Vaccine operations Central Provinces 1900-1911 - 1900-1911
Year: 1900
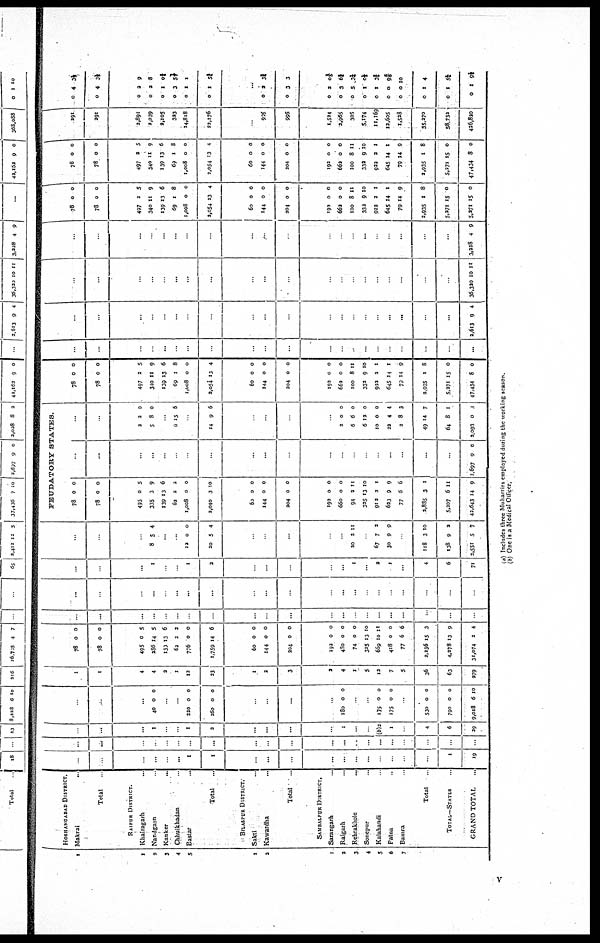
1
1
2
3
4
5
1
2
1
2
3
4
5
6
7
HOSHANGABAD DISTRICT.
Makrai
...
Total ...
RAIPUR DISTRICT.
Khairagarh ...
Nandgaon ...
Kanker ...
Chhuikhadan ...
Bastar
...
Total ...
BILASPUR DISTRICT.
Sakti ...
Kawardha ...
Total
...
SAMBALPUR DISTRICT.
Sarangarh ...
Raigarh ...
Rehrakhole ...
Sonepur ...
Kalahandi ...
Patna ...
Bamra ...
Total
TOTAL—STATES
GRAND TOTAL
...
...
...
...
...
...
...
1
1
...
...
...
...
...
...
...
...
...
...
...
1
19
...
...
...
...
...
...
...
...
...
...
...
...
...
...
...
...
...
...
...
...
...
...
...
...
1
...
...
1
2
...
...
...
...
1
...
...
(b)2
1
...
4
6
29
...
...
...
40 0 0
...
...
220
260
0
0
0
0
...
...
...
...
180 0 0
...
...
175
175
0
0
0
0
...
530
790
9,018
0
0
6
0
0
10
1
1
4
4
2
1
13
23
1
2
3
3
4
1
5
12
7
5
36
63
279
78
78
495
286
130
62
776
1,759
60
144
204
192
480
74
325
669
418
77
2,236
4,278
31,074
0
0
0
14
13
2
0
14
0
0
0
0
0
0
13
10
0
6
15
13
2
0
0
5
5
6
2
0
6
0
0
0
0
0
0
10
11
0
6
3
9
4
...
...
...
...
...
...
...
...
...
...
...
...
...
...
...
...
...
...
...
...
...
...
...
...
...
...
...
...
...
...
...
...
...
...
...
...
...
...
...
...
...
...
...
...
...
1
...
...
1
2
...
...
...
...
...
1
...
2
1
...
4
6
71
...
...
...
8 5 4
...
...
12
20
0
5
0
4
...
...
...
...
...
20 2 11
...
67
30
7
9
2
9
...
118
138
3,551
3
9
5
10
2
7
FEUDATORY
STATES.
78
78
0
0
0
0
495
335
139
62
1,008
2,040
0
3
13
2
0
3
5
9
6
2
0
10
60
144
204
0
0
0
0
0
0
192
660
94
325
912
623
77
2,885
5,207
42,643
0
0
2
13
2
9
6
3
6
14
0
0
11
10
1
9
6
1
11
9
...
...
...
...
...
...
...
...
...
...
...
...
...
...
...
...
...
...
...
...
2,697 9 0
...
...
2
5
2
8
0
0
...
6 15 6
...
14 9 6
...
...
...
...
2
6
6
10
22
2
49
64
2,093
0
6
12
0
4
8
14
8
0
0
0
0
0
4
3
7
1
0
78
78
0
0
0
0
497
340
139
69
1,008
2,054
2
11
13
1
0
13
5
9
6
8
0
4
60
144
204
0
0
0
0
0
0
192
662
100
332
922
645
79
2,935
5,271
47,434
0
0
8
9
2
14
14
1
15
8
0
0
11
10
1
1
9
8
0
0
...
...
...
...
...
...
...
...
...
...
...
...
...
...
...
...
...
...
...
...
...
...
...
...
...
...
...
...
...
...
...
...
...
...
...
...
...
...
...
...
...
2,613 9 4
...
...
...
...
...
...
...
...
...
...
...
...
...
...
...
...
...
...
...
...
36,320 10 11
...
...
...
...
...
...
...
...
...
...
...
...
...
...
...
...
...
...
...
...
3,228 4 9
78
78
0
0
0
0
497
340
139
69
1,008
2,054
3
11
13
1
0
13
5
9
6
8
0
4
60
144
204
0
0
0
0
0
0
192
662
1000
332
922
645
79
2,935
5,271
5,271
0
0
8
9
2
14
14
1
15
15
0
0
11
10
1
1
9
8
0
0
78
78
497
340
139
69
1,008
2,054
0
0
2
11
13
1
0
13
0
0
5
9
6
8
0
4
60
144
204
0
0
0
0
0
0
192
662
1000
332
922
645
79
2,935
5,271
47,434
0
0
8
9
3
14
14
1
15
8
0
0
11
10
1
1
9
8
0
0
291
291
3,891
2,039
2,105
323
14,818
32,176
...
905
995
1,524
2,965
305
5,174
11,169
12,605
1,528
35,270
58,732
426,820
0
0
4
4
3½
3½
0
0
0
0
0
0
2
2
1
3
1
1
9
8
0½
5 ½
1
5½
...
0
0
2
3
3½
3
0
0
0
0
0
0
0
0
0
0
2
3
5
1
1
0
0
1
1
1
01/5
6½
3¼
0½
3¼
9¼
10
4
5¼
9¼
(a) Includes three Muharrirs employed during the working season.
(b) One is a Medical Officer.
v